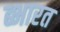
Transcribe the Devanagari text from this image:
ब्भारत